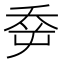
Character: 𡴘